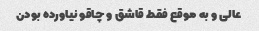
عالی و به موقع فقط قاشق و چاقو نیاورده بودن